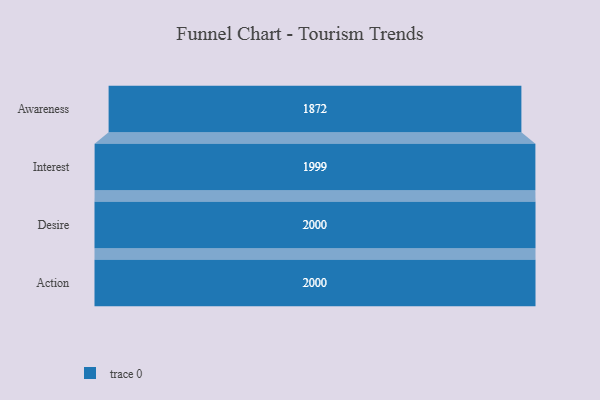
{"axis": {"x": "Stage", "y": "Value"}, "legend": [""], "data": [{"x": "Awareness", "y": 1872.0, "type": ""}, {"x": "Interest", "y": 1999.0, "type": ""}, {"x": "Desire", "y": 2000, "type": ""}, {"x": "Action", "y": 2000, "type": ""}]}